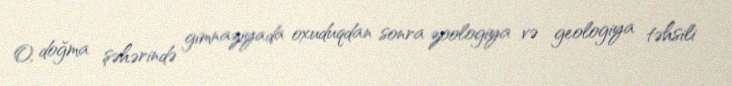
O, doğma şəhərində gimnaziyada oxuduqdan sonra zoologiya və geologiya təhsili